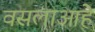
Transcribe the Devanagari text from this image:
वसलाआहे